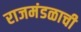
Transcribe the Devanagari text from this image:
राजमंडळाची